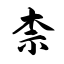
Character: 柰